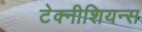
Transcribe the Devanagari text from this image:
टेक्नीशियन्स